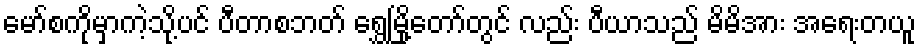
မော်စကိုမှာကဲ့သို့ပင် ပီတာစဘတ် ရွှေမြို့တော်တွင် လည်း ပီယာသည် မိမိအား အရေးတယူ